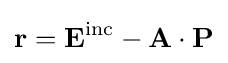
\mathbf {r} =\mathbf {E} ^{\mathrm {inc} }-\mathbf {A} \cdot \mathbf {P}